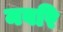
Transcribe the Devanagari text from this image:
मवरि